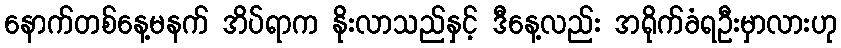
နောက်တစ်နေ့မနက် အိပ်ရာက နိုးလာသည်နှင့် ဒီနေ့လည်း အရိုက်ခံရဦးမှာလားဟု